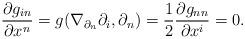
LaTeX: \begin{align*} \frac{\partial g_{in}}{\partial x^n} = g(\nabla_{\partial_n}\partial_i, \partial_n) = \frac{1}{2}\frac{\partial g_{nn}}{\partial x^i} = 0.\end{align*}